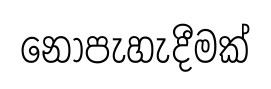
නොපැහැදීමක්